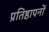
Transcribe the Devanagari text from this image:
प्रतिष्ठापनों